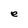
Character: e